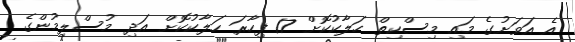
އެ އަވަށުގެ މައި މިސްކިތް ހަލާކުކޮށް 17 ފިހާރަ ހަލާކުކޮށް އަދި މުސްލިމުންގެ